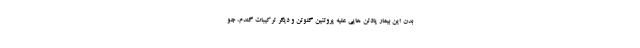
بدن این بیمار پادتن هایی علیه پروتئین گلوتن و دیگر ترکیبات گندم، جو